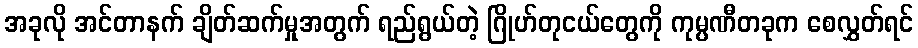
အခုလို အင်တာနက် ချိတ်ဆက်မှုအတွက် ရည်ရွယ်တဲ့ ဂြိုဟ်တုငယ်တွေကို ကုမ္ပဏီတခုက စေလွှတ်ရင်